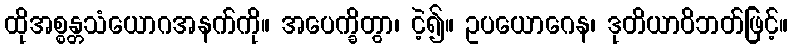
ထိုအစ္စန္တသံယောဂအနက်ကို။ အပေက္ခိတွာ၊ ငဲ့၍။ ဥပယောဂေန၊ ဒုတိယာဝိဘတ်ဖြင့်။